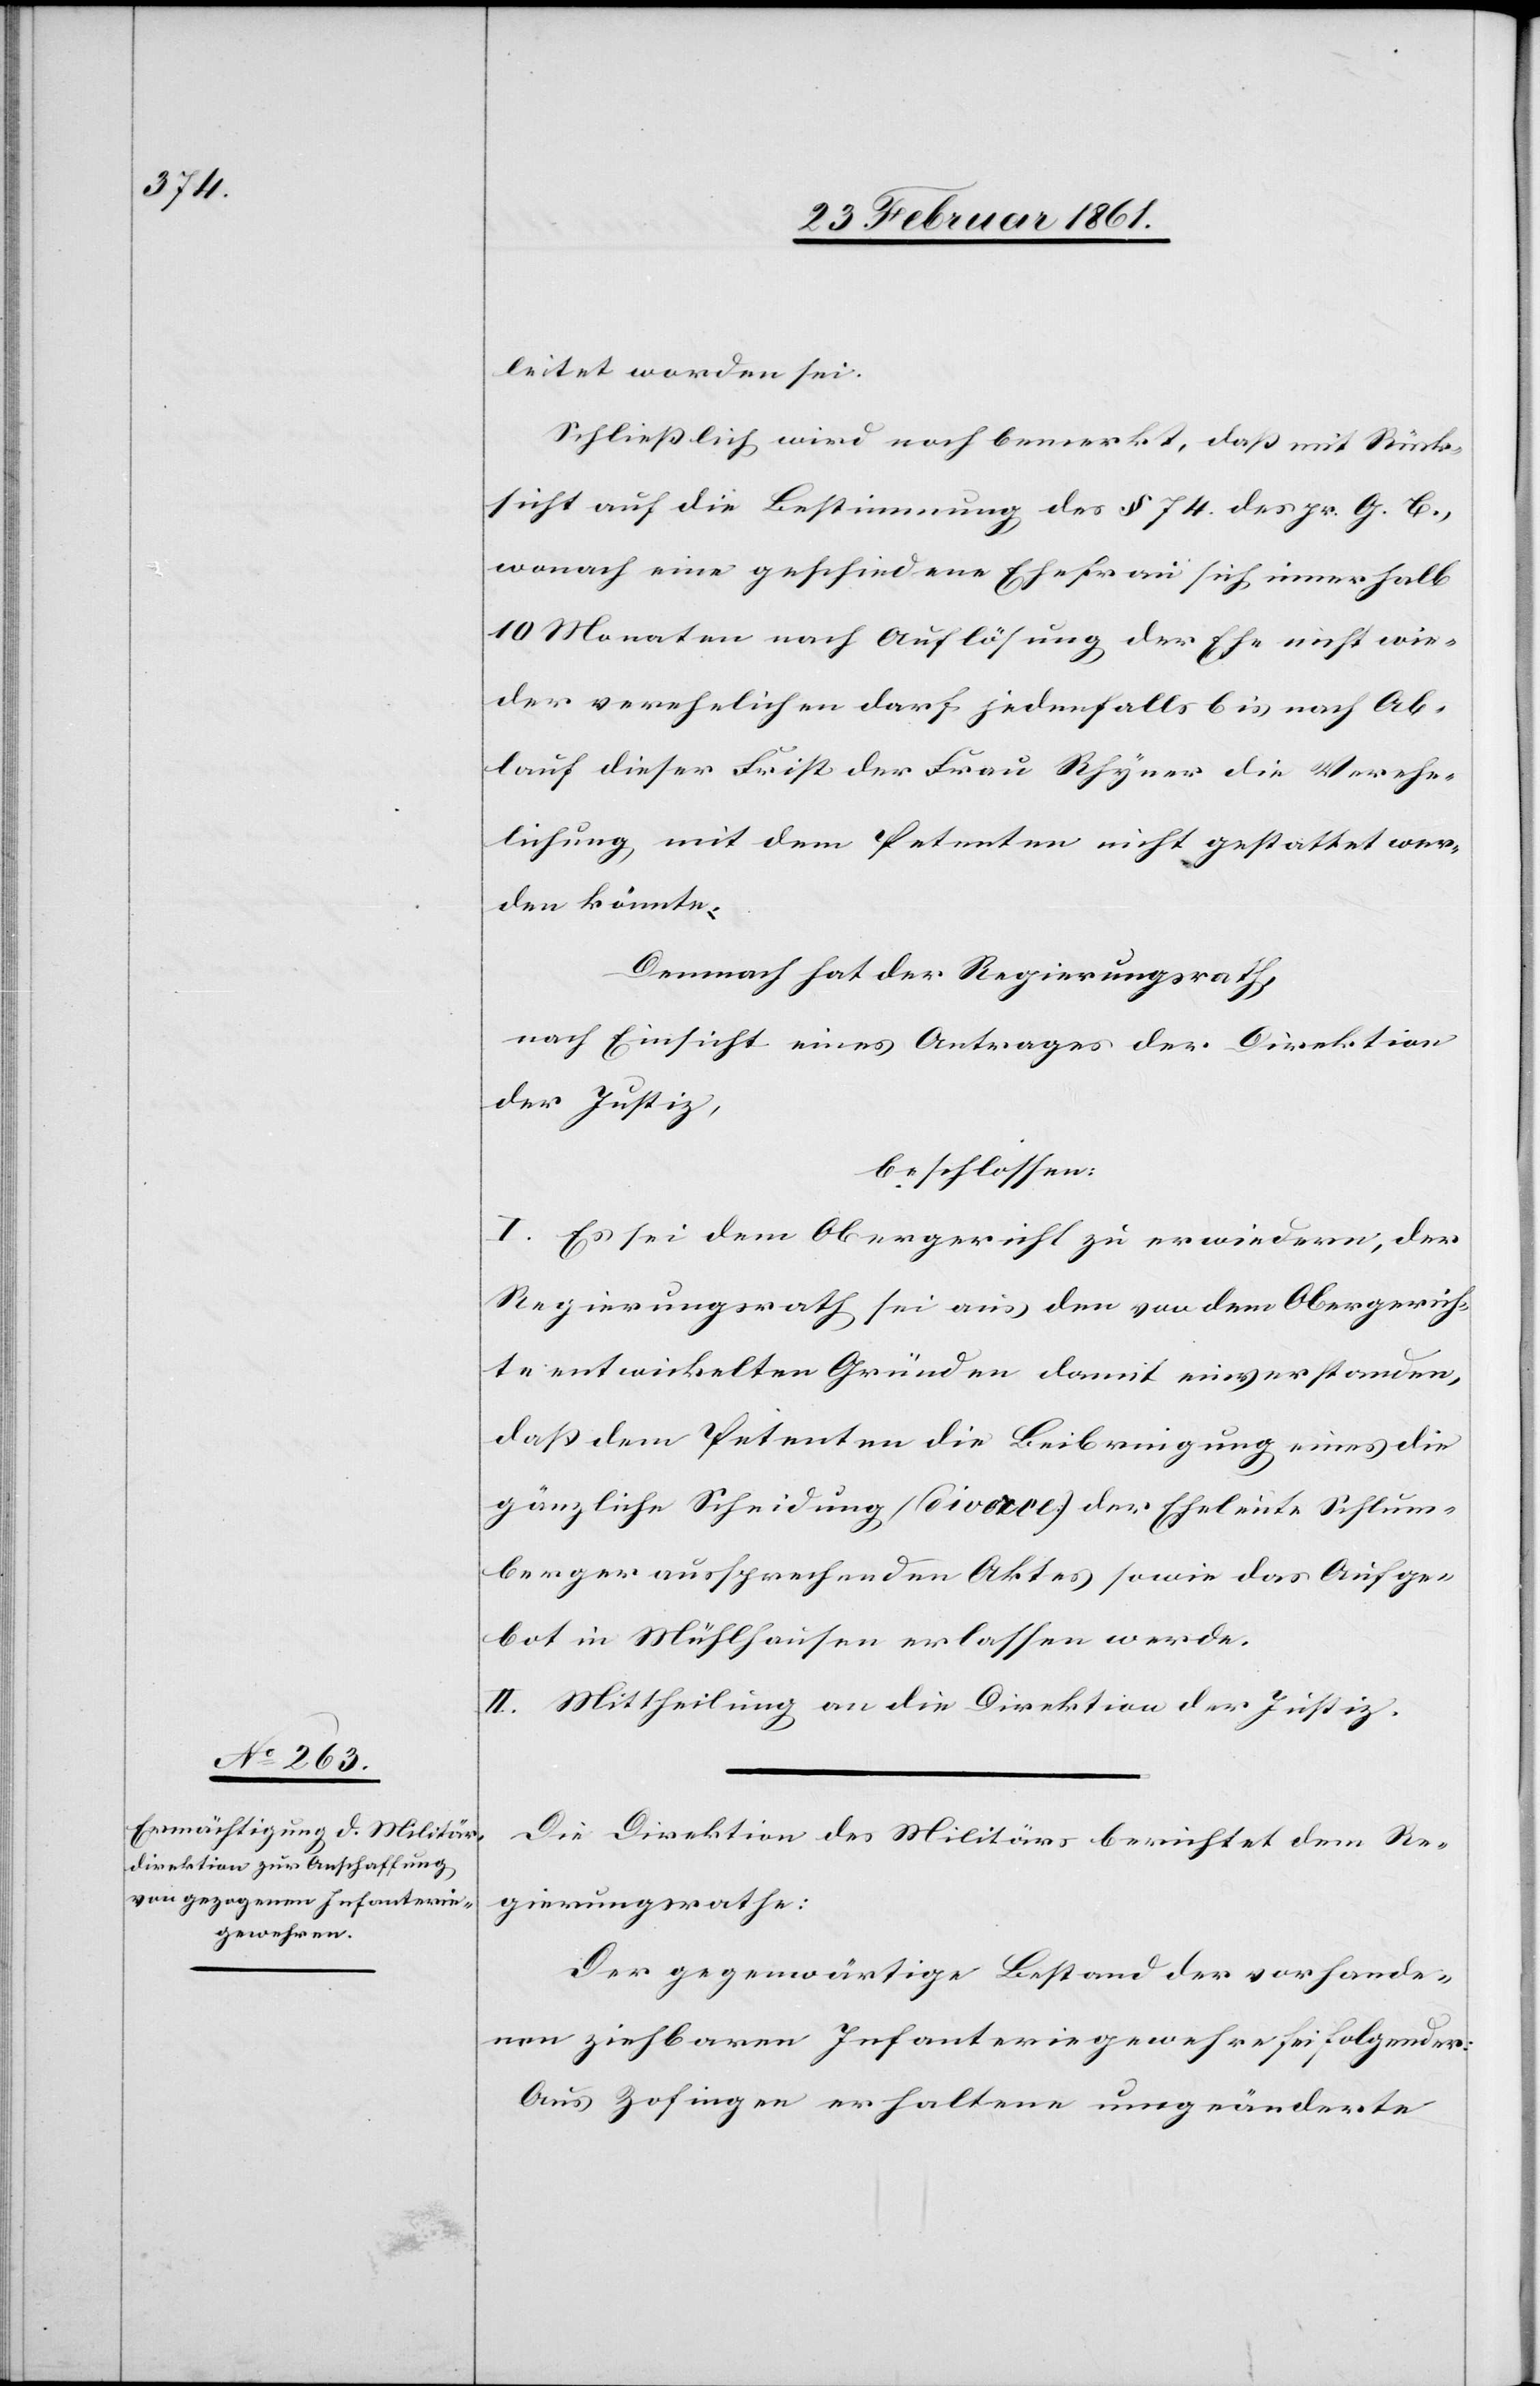
leitet worden sei.
Schliesslich wird noch bemerkt, dass mit Rück¬
sicht auf die Bestimmung des § 74 des pr. G. B.,
wonach eine geschiedene Ehefrau sich innerhalb
10 Monaten nach Auflösung der Ehe nicht wie¬
der verehelichen darf jedenfalls bis nach Ab¬
lauf dieser Frist der Frau Rhyner die Verehe¬
lichung mit dem Petenten nicht gestattet wer¬
den könnte;
Demnach hat der Regierungsrath,
nach Einsicht eines Antrages der Direktion
der Justiz,
beschlossen:
I. Es sei dem Obergericht zu erwiedern, der
Regierungsrath sei aus den von dem Obergerich¬
te entwickelten Gründen damit einverstanden,
dass dem Petenten die Beibringung eines die
gänzliche Scheidung (divorce) der Eheleute Schlum¬
berger aussprechenden Aktes sowie das Aufge¬
bot in Mühlhausen erlassen werde.
II. Mittheilung an die Direktion der Justiz.
Die Direktion des Militärs berichtet dem Re¬
gierungsrathe:
Der gegenwärtige Bestand der vorhande¬
nen ziehbaren Infanteriegewehre sei folgender:
Aus Zofingen erhaltene umgeänderte